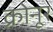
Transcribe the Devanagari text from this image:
क्रोनूर